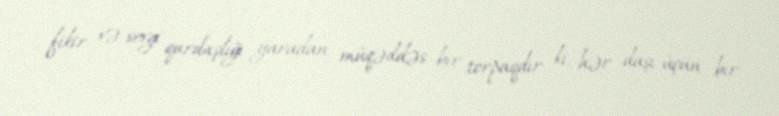
fikir və sevgi qardaşlığı yaradan müqəddəs bir torpaqdır ki, hər daşı üçün bir